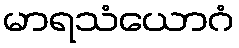
မာရသံယောဂံ